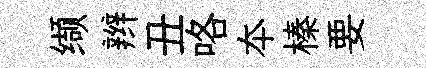
缬辫丑咯夲榛要